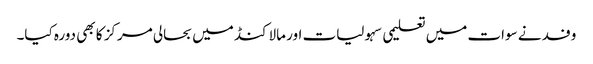
وفد نے سوات میں تعلیمی سہولیات اور مالاکنڈ میں بحالی مرکز کا بھی دورہ کیا۔